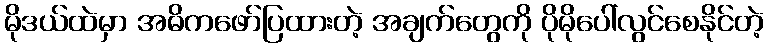
မိုဒယ်ထဲမှာ အဓိကဖော်ပြထားတဲ့ အချက်တွေကို ပိုမိုပေါ်လွင်စေနိုင်တဲ့